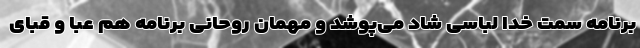
برنامه سمت خدا لباسی شاد می‌پوشد و مهمان روحانی برنامه هم عبا و قبای